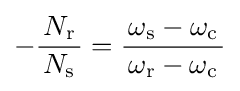
-{\frac {\,N_{\text{r}}\,}{N_{\text{s}}}}={\frac {\,\omega _{\text{s}}-\omega _{\text{c}}\,}{\omega _{\text{r}}-\omega _{\text{c}}}}